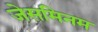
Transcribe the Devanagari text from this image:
जेसमिनम